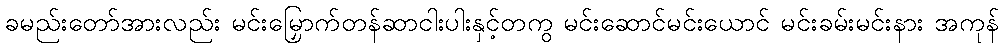
ခမည်းတော်အားလည်း မင်းမြှောက်တန်ဆာငါးပါးနှင့်တကွ မင်းဆောင်မင်းယောင် မင်းခမ်းမင်းနား အကုန်